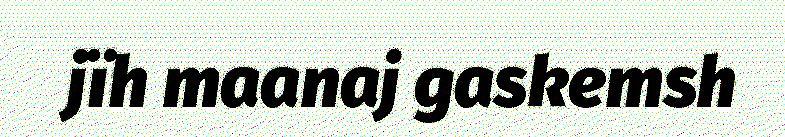
jïh maanaj gaskemsh